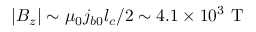
| B _ { z } | \sim \mu _ { 0 } j _ { b 0 } l _ { c } / 2 \sim 4 . 1 \times 1 0 ^ { 3 } \ \mathrm { T }